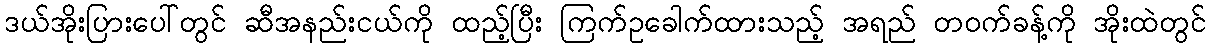
ဒယ်အိုးပြားပေါ်တွင် ဆီအနည်းငယ်ကို ထည့်ပြီး ကြက်ဥခေါက်ထားသည့် အရည် တဝက်ခန့်ကို အိုးထဲတွင်